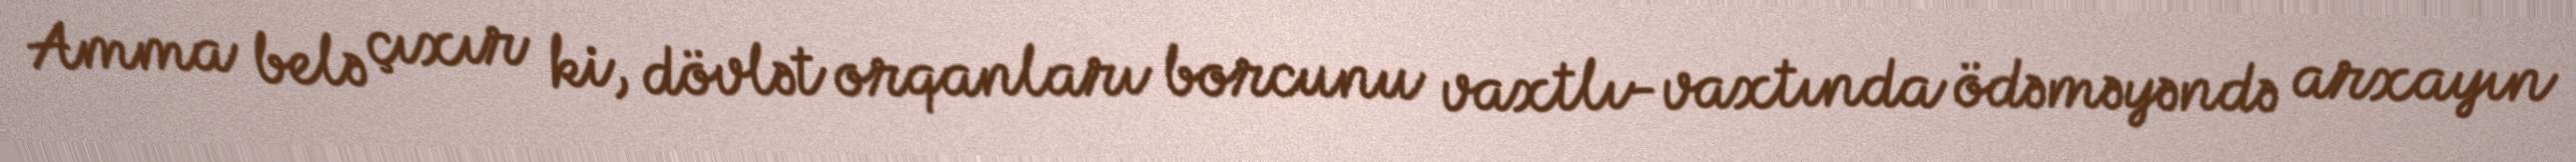
Amma belə çıxır ki, dövlət orqanları borcunu vaxtlı-vaxtında ödəməyəndə arxayın